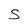
Character: S